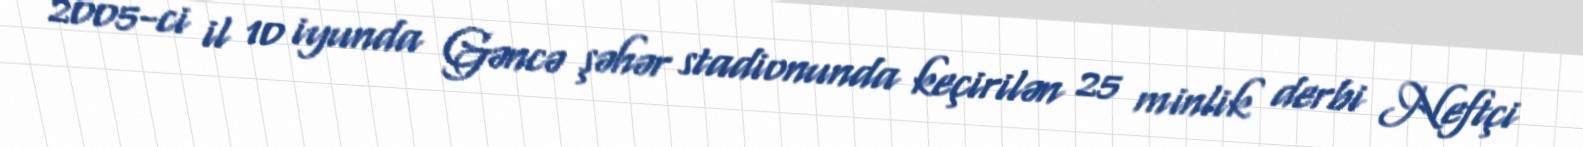
2005-ci il 10 iyunda Gəncə şəhər stadionunda keçirilən 25 minlik derbi Neftçi